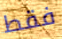
فقط